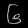
Digit: ၆